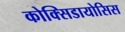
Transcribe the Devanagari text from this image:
कोक्सिडायोसिस